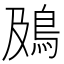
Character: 䲯